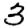
Digit: 3